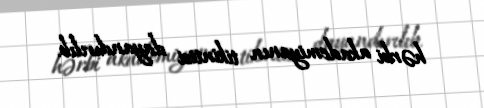
hərbi akademiyanın tikintisi dayandırılıb.